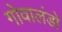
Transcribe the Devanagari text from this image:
गोवालंडो